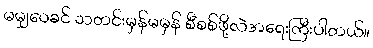
မမျှဝေခင် သတင်းမှန်မမှန် စီစစ်ဖို့လဲအရေးကြီးပါတယ်။